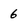
Character: 6